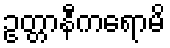
ဥတ္တာနီကရောမိ